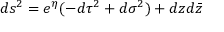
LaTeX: d s ^ { 2 } = e ^ { \eta } ( - d \tau ^ { 2 } + d \sigma ^ { 2 } ) + d z d \bar { z }